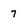
Character: 7